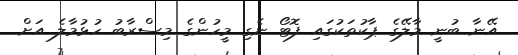
އޭނާ ބުނީ މާލޭގެ ޕާކުތަކުގައި ފޮޓޯ ނެގި މީހުންގެ މިސްރާބު ހުޅުމާލެ އަށް